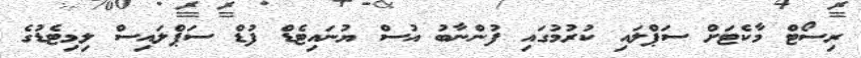
ރިސޯޓް މާކެޓަށް ސަޕްލައި ކުރުމުގައި ފުންނާބު އުސް ޔުނައިޓެޑް ފުޑް ސަޕްލައިސް ލިމިޓެޑުގެ